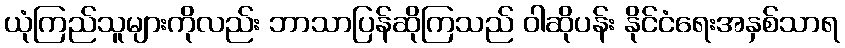
ယုံကြည်သူများကိုလည်း ဘာသာပြန်ဆိုကြသည် ဝါဆိုပန်း နိုင်ငံရေးအနှစ်သာရ